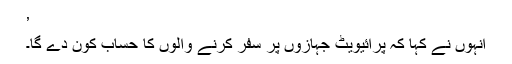
’
انہوں نے کہا کہ پرائیویٹ جہازوں پر سفر کرنے والوں کا حساب کون دے گا۔